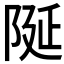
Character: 𮥋